Problem: 6 × 5 = ?
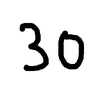
Handwritten answer: 30